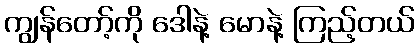
ကျွန်တော့်ကို ဒေါနဲ့ မောနဲ့ ကြည့်တယ်